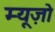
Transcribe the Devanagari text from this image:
म्यूज़ो